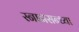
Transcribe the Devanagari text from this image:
स्नानसन्ध्या